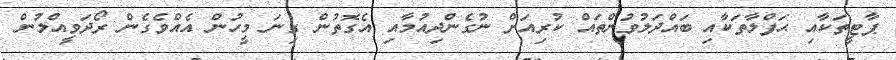
ޕާޓީތަކާއި ޙަފްލާތަކާއި ބައްދަލުވުންތައް ކުރިއަށް ނުގެންދިއުމާއި އެގޮތުން ގިނަ މީހުން އެއްވެގެން ރޯދަވީއްލުން